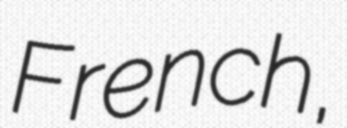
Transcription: French,